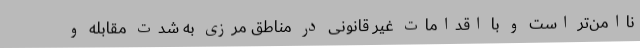
ناامن‌تر است و با اقدامات غیر قانونی در مناطق مرزی به شدت مقابله و